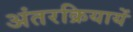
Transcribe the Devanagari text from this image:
अंतरक्रियायें